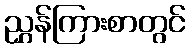
ညွှန်ကြားစာတွင်